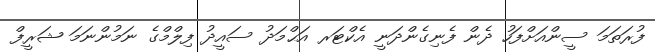
ފުރަތަމަ ސީންއަށްފަހު ދެން ފެނިގެންދަނީ އެކްޓަރ އަޙްމަދު ސައީދު ފިލްމްގެ ނަމުންނަމަ ޝަރީފް